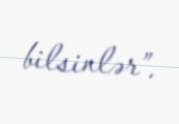
bilsinlər”.